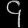
Digit: ၄